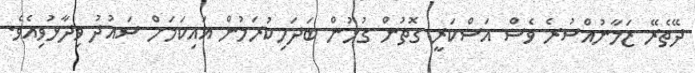
ދޭތެރޭ ޒަމާނުއްސުރެ ވެސް އަސްކަރީ ގޮތުން ގުޅުން ބަދަހިކުރަމުން އައިކަމަށް ސައުދު ވިދާޅުވިއެވެ.